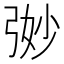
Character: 𭚵